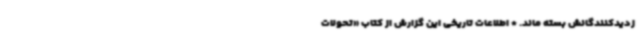
زدیدکنندگانش بسته ماند. * اطلاعات تاریخی این گزارش از کتاب «تحولات